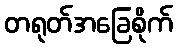
တရုတ်အခြေစိုက်